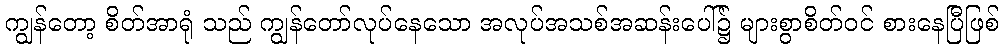
ကျွန်တော့ စိတ်အာရုံ သည် ကျွန်တော်လုပ်နေသော အလုပ်အသစ်အဆန်းပေါ်၌ များစွာစိတ်ဝင် စားနေပြီဖြစ်